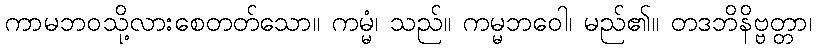
ကာမဘဝသို့လားစေတတ်သော။ ကမ္မံ၊ သည်။ ကမ္မဘဝေါ၊ မည်၏။ တဒဘိနိဗ္ဗတ္တာ၊